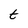
Character: t